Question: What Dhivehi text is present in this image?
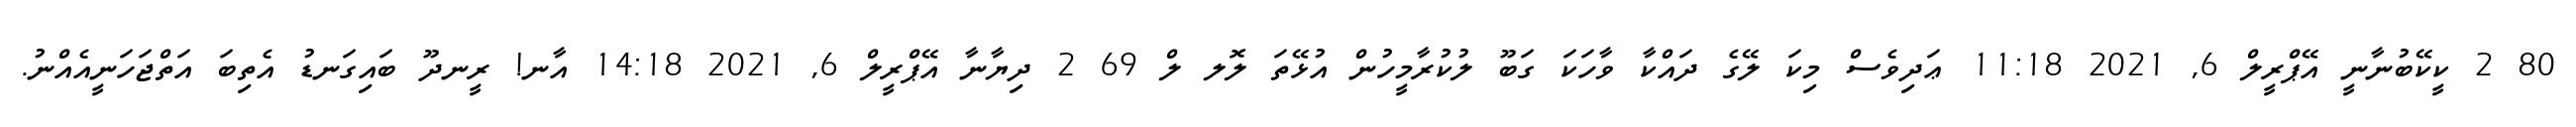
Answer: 80 2 ކީކޭބުނާނީ އޭޕްރީލް 6, 2021 11:18 ޢަދިވެސް މިކަ ލޭގެ ދައްކާ ވާހަކަ ގަބޫ ލުކުރާމީހުން އުޅޭތަ ލޮލ ލް 69 2 ދިޔާނާ އޭޕްރީލް 6, 2021 14:18 އާނ! ރީނދޫ ބައިގަނޑު އެތިބަ އަތްޖަހަނީއެއްނު.